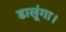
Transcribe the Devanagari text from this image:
डालूंगा।